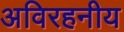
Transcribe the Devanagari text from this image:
अविरहनीय